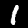
Digit: 1